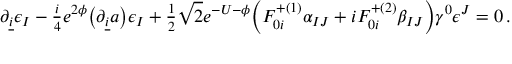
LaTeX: \partial _ { \underline { { i } } } \epsilon _ { I } - { \textstyle \frac { i } { 4 } } e ^ { 2 \phi } \bigl ( \partial _ { \underline { { i } } } a \bigr ) \epsilon _ { I } + { \textstyle \frac { 1 } { 2 } } \sqrt 2 e ^ { - U - \phi } \biggl ( F _ { 0 i } ^ { + ( 1 ) } \alpha _ { I J } + i F _ { 0 i } ^ { + ( 2 ) } \beta _ { I J } \biggr ) \gamma ^ { 0 } \epsilon ^ { J } = 0 \, .